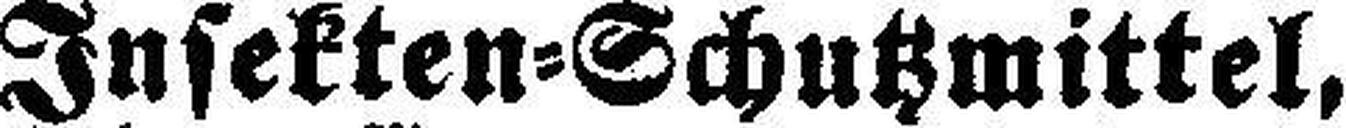
Insekten=Schutzmittel,